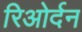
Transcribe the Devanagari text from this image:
रिओर्दन